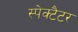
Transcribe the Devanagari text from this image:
स्पेक्टैटर